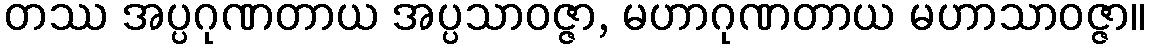
တဿ အပ္ပဂုဏတာယ အပ္ပသာဝဇ္ဇာ, မဟာဂုဏတာယ မဟာသာဝဇ္ဇာ။